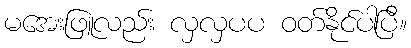
မအေးဖြူလည်း လှလှပပ ဝတ်နိုင်ပါပြီ။